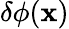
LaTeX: \delta\phi({\boldsymbol{\mathbf{x}}})